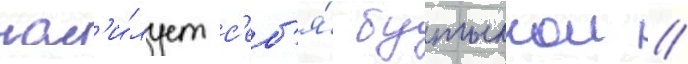
нас'и́лует с'еб'я́ бутылкои //